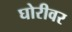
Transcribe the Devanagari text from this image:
घोरीवर